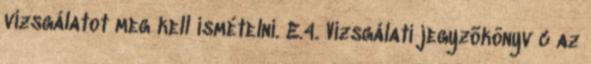
vizsgálatot meg kell ismételni. E.4. Vizsgálati jegyzõkönyv c az